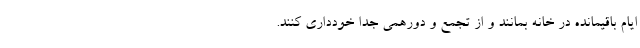
ایام باقیمانده در خانه بمانند و از تجمع و دورهمی جدا خودداری کنند.